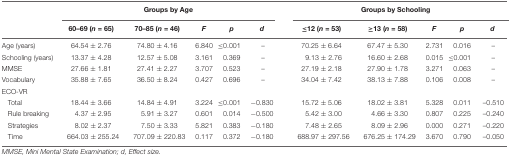
<table><thead><tr><td></td><td colspan="5"><b>Groups by Age</b></td><td></td><td colspan="5"><b>Groups by Schooling</b></td></tr><tr><td></td><td><b>60–69 (<i>n</i> = 65)</b></td><td><b>70–85 (<i>n</i> = 46)</b></td><td><b><i>F</i></b></td><td><b><i>p</i></b></td><td><b><i>d</i></b></td><td></td><td><b>≤12 (<i>n</i> = 53)</b></td><td><b>≥13 (<i>n</i> = 58)</b></td><td><b><i>F</i></b></td><td><b><i>p</i></b></td><td><b><i>d</i></b></td></tr></thead><tbody><tr><td>Age (years)</td><td>64.54 ± 2.76</td><td>74.80 ± 4.16</td><td>6.840</td><td>≤0.001</td><td>–</td><td></td><td>70.25 ± 6.64</td><td>67.47 ± 5.30</td><td>2.731</td><td>0.016</td><td>–</td></tr><tr><td>Schooling (years)</td><td>13.37 ± 4.28</td><td>12.57 ± 5.08</td><td>3.161</td><td>0.369</td><td>–</td><td></td><td>9.13 ± 2.76</td><td>16.60 ± 2.68</td><td>0.015</td><td>≤0.001</td><td>–</td></tr><tr><td>MMSE</td><td>27.66 ± 1.81</td><td>27.41 ± 2.27</td><td>3.707</td><td>0.523</td><td>–</td><td></td><td>27.19 ± 2.18</td><td>27.90 ± 1.78</td><td>3.271</td><td>0.063</td><td>–</td></tr><tr><td>Vocabulary</td><td>35.88 ± 7.65</td><td>36.50 ± 8.24</td><td>0.427</td><td>0.696</td><td>–</td><td></td><td>34.04 ± 7.42</td><td>38.13 ± 7.88</td><td>0.106</td><td>0.008</td><td>–</td></tr><tr><td>ECO-VR</td><td></td><td></td><td></td><td></td><td></td><td></td><td></td><td></td><td></td><td></td><td></td></tr><tr><td>Total</td><td>18.44 ± 3.66</td><td>14.84 ± 4.91</td><td>3.224</td><td>≤0.001</td><td>-0.830</td><td></td><td>15.72 ± 5.06</td><td>18.02 ± 3.81</td><td>5.328</td><td>0.011</td><td>–0.510</td></tr><tr><td>Rule breaking</td><td>4.37 ± 2.95</td><td>5.91 ± 3.27</td><td>0.601</td><td>0.014</td><td>-0.500</td><td></td><td>5.42 ± 3.00</td><td>4.66 ± 3.30</td><td>0.807</td><td>0.225</td><td>–0.240</td></tr><tr><td>Strategies</td><td>8.02 ± 2.37</td><td>7.50 ± 3.33</td><td>5.821</td><td>0.383</td><td>-0.180</td><td></td><td>7.48 ± 2.65</td><td>8.09 ± 2.96</td><td>0.000</td><td>0.271</td><td>–0.220</td></tr><tr><td>Time</td><td>664.03 ± 255.24</td><td>707.09 ± 220.83</td><td>0.117</td><td>0.372</td><td>-0.180</td><td></td><td>688.97 ± 297.56</td><td>676.25 ± 174.29</td><td>3.670</td><td>0.790</td><td>–0.050</td></tr></tbody></table>